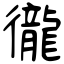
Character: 徿